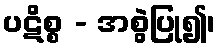
ပဋိစ္စ - အစွဲပြု၍၊